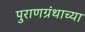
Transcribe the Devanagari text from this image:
पुराणग्रंथाच्या